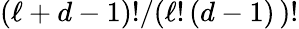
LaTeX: (\ell+d-1)!/(\ell!\, (d-1)\, )!